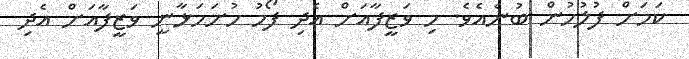
ކަމަށް ފުލުހުން ބުނެއެވެ. މި ވަޒީފާއަށް އެދި ފޯމު ހުށަހަޅާނީ ވަޒީފާއަށް އެދި